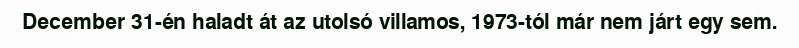
December 31-én haladt át az utolsó villamos, 1973-tól már nem járt egy sem.